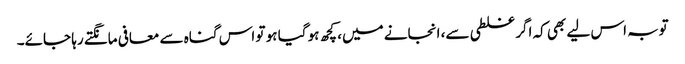
توبہ اس لیے بھی کہ اگر غلطی سے، انجانے میں، کچھ ہو گیا ہو تو اس گناہ سے معافی مانگتے رہا جائے۔